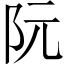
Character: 阮